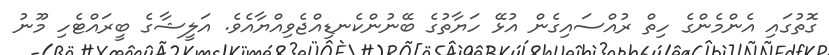
ގޮތުގައި އެންމެންގެ ހިތް ރުއްސައިގެން އުޅޭ ހަޔާތުގެ ބޭނުންކެނޑިއްޖެވިއްޔާއެވެ. އަލީޝާގެ ބީރައްޓެހި މޫނު